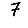
Digit: 7